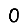
Digit: 0